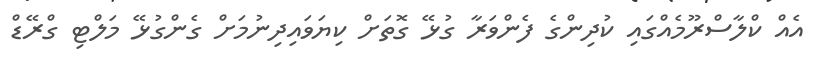
އެއް ކްލާސްރޫމެއްގައި ކުދިންގެ ފެންވަރާ ގުޅޭ ގޮތަށް ކިޔަވައިދިނުމަށް ގެންގުޅޭ މަލްޓި ގްރޭޑް